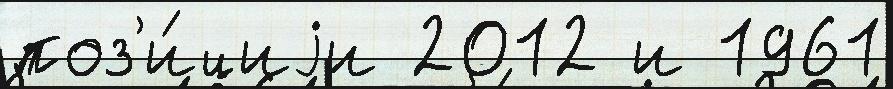
поз'и́циjи 2012 и 1961